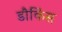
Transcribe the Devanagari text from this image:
डौकिंस